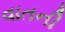
વાતની